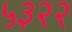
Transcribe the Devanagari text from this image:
५३२२